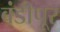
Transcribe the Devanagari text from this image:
बंडीपूर